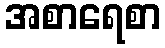
အစာရေစာ